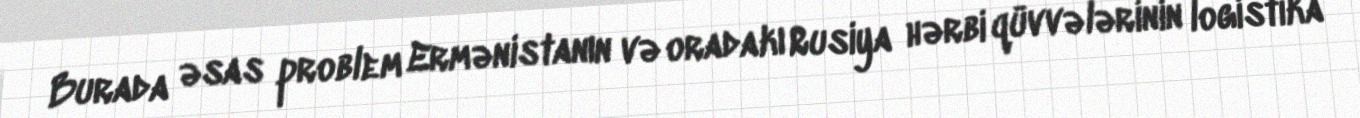
Burada əsas problem Ermənistanın və oradakı Rusiya hərbi qüvvələrinin logistika